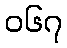
၀၆၇